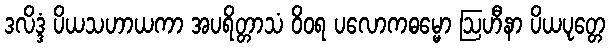
ဒလိဒ္ဒံ ပိယသဟာယကာ အပရိတ္တာသံ ဝိဝရ ပလောကဓမ္မော ဩဟီနာ ပိယပုတ္တေ